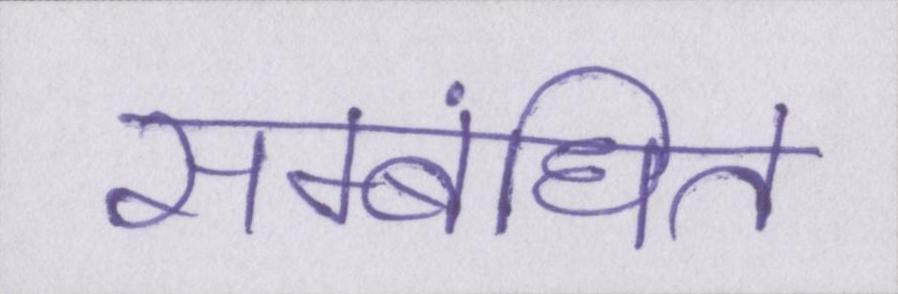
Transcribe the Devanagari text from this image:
सम्बंधित